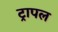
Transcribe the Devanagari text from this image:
ट्रापल